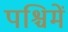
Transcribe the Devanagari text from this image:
पश्चिमें